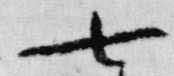
七